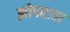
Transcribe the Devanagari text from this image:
झोपवावा